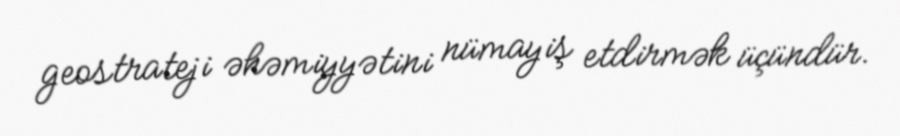
geostrateji əhəmiyyətini nümayiş etdirmək üçündür.